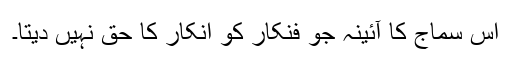
اس سماج کا آئینہ جو فنکار کو انکار کا حق نہیں دیتا۔